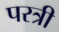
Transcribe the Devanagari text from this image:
परत्री